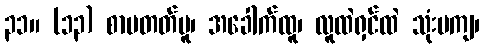
၃၁။ (၁၃) စာမတတ်မူ၊ အခေါက်ထူ၊ လူထဲရှင်ထဲ သုံးမကျ၊